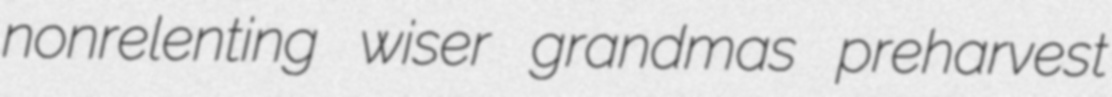
nonrelenting wiser grandmas preharvest